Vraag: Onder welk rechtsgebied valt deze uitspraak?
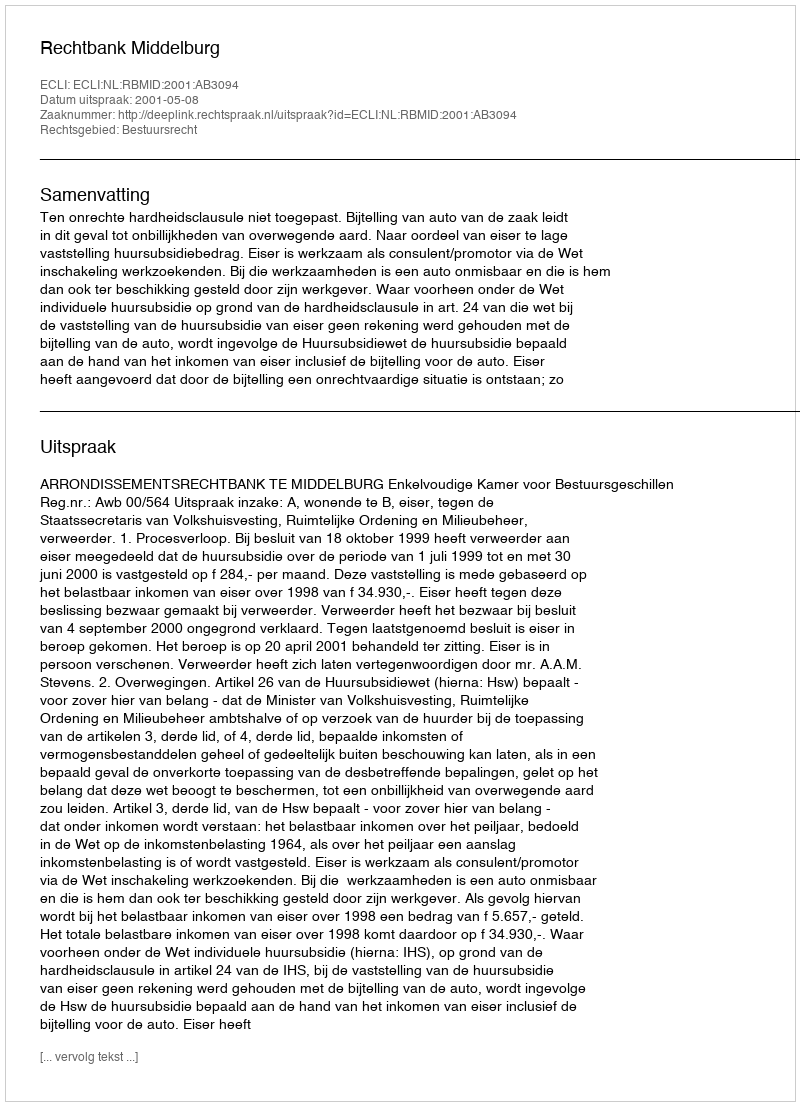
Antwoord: Bestuursrecht